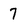
Character: 7